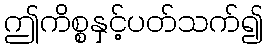
ဤကိစ္စနှင့်ပတ်သက်၍